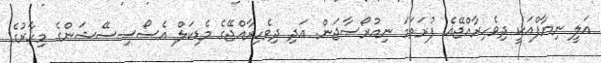
އަލީ ނިޔާފްއަކީ ދިވެހިރާއްޖޭޣެ ފުރަތަމަ ނިއުރޯސާޖަން. އަދި ދިވެހިރާއްޖޭގެ މެޑިކަލް އެސޯސިސޭޝަންގެ މިހާރުގެ